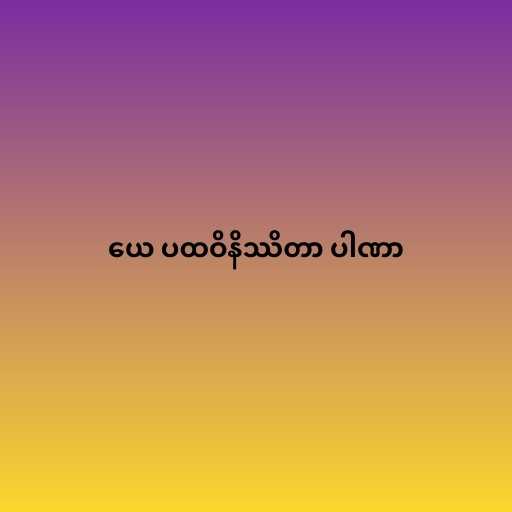
ယေ ပထဝိနိဿိတာ ပါဏာ